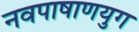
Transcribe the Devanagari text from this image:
नवपाषाणयुग